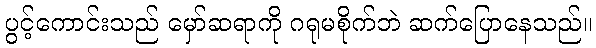
ပွင့်ကောင်းသည် မှော်ဆရာကို ဂရုမစိုက်ဘဲ ဆက်ပြောနေသည်။